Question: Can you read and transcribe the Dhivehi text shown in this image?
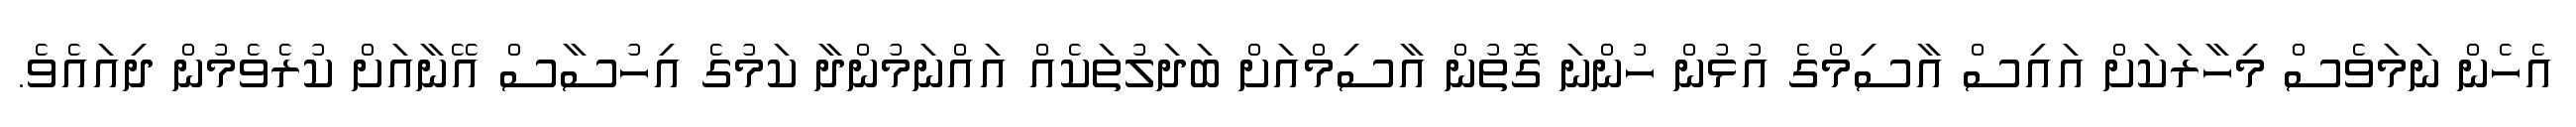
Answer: އެހެން ނަމަވެސް މިހާރަކަށް އައިސް އާސިމްގެ އުޅުން ހުންނަ ގޮތުން އާސިމްއަށް ބަދަލުތަކެއް އައްނަމުންދާ ކަމުގެ އިހުސާސް އޭނާއަށް ކުރެވެމުން ދިއައެވެ.